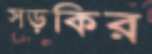
সড়কির